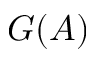
G ( A )